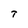
Character: T